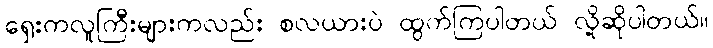
ရှေးကလူကြီးများကလည်း စလယားပဲ ထွက်ကြပါတယ် လို့ဆိုပါတယ်။